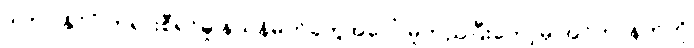
ဒါဟာ နိုင်ငံ၊တရားစီရင်မှု နယ်နိမိတ်တွေအပေါ် မူတည်ပြီးတော့မှ အင်တာနက်ကို